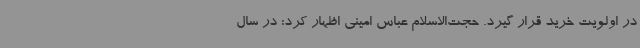
در اولویت خرید قرار گیرد. حجت‌الاسلام عباس امینی اظهار کرد: در سال